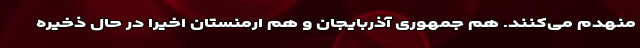
منهدم می‌کنند. هم جمهوری آذربایجان و هم ارمنستان اخیرا در حال ذخیره